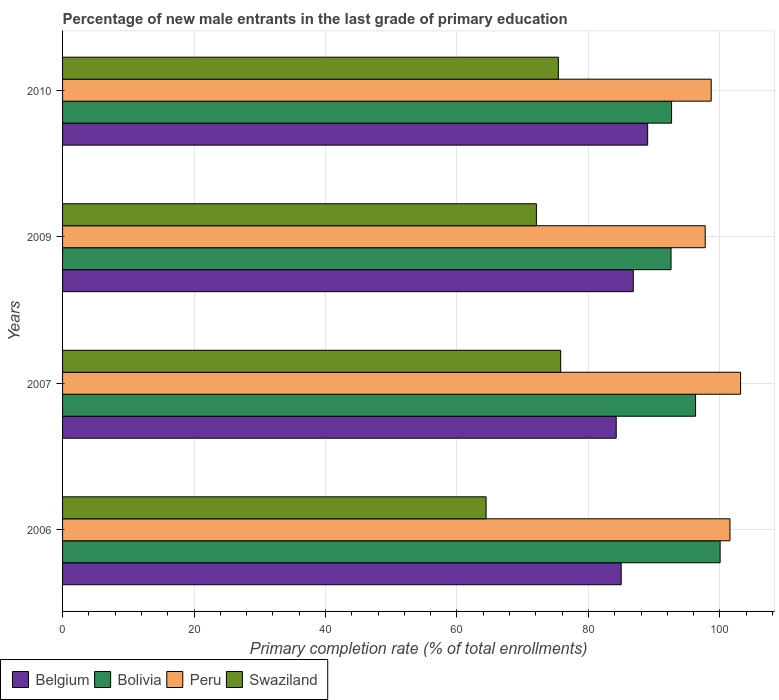
| Years | Belgium | Bolivia | Peru | Swaziland |
 | --- | --- | --- | --- | --- |
 | 2006 | 85 | 100 | 102 | 64.4 |
 | 2007 | 84.2 | 96.3 | 103 | 75.8 |
 | 2009 | 86.8 | 92.6 | 97.8 | 72.1 |
 | 2010 | 89 | 92.7 | 98.7 | 75.4 |